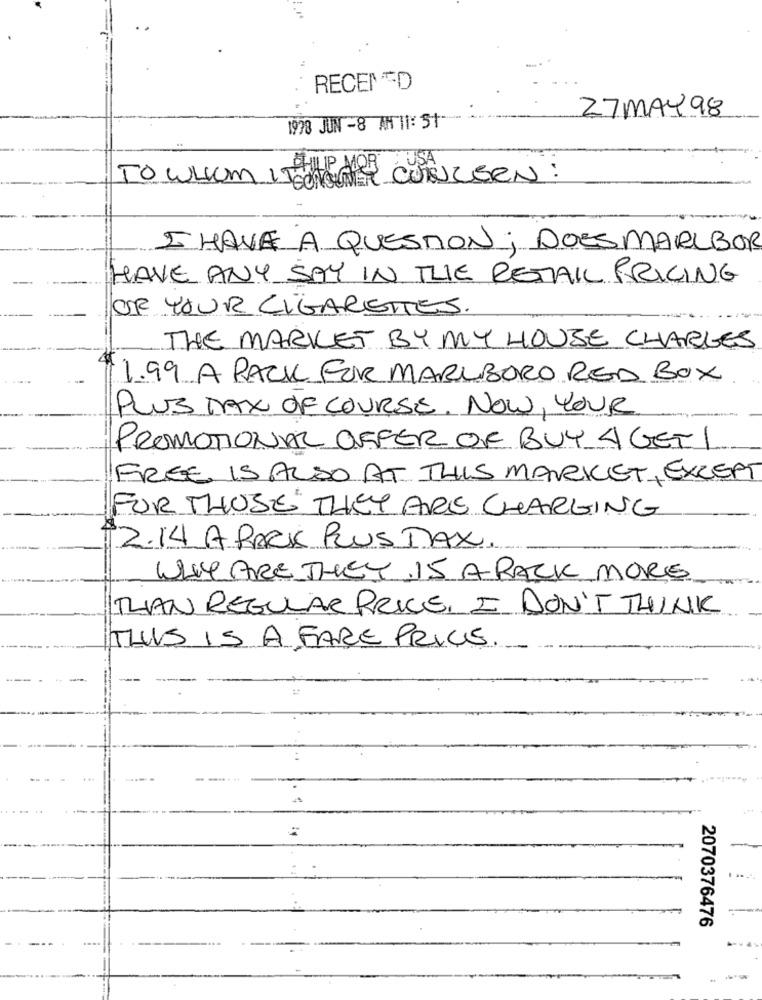
RECEMED
27MAY 98
1998 JUN -8 AM 11: 51
PAUSA
To whom IT
CONSUMER CONCERN :
I HAVE A QUESTION; DOES MARLBOR
HAVE ANY SAY IN THE RETAIL PRICING
OF YOUR CIGARETTES.
THE MARKET BY MY HOUSE CHARGES
1.99 A PACK FOR MARLBORO RED BOX
PLUS TAX DE COURSE. NOW, YOUR
PROMOTIONAL OFFER OF BUY 4 GET1
FREE IS ALSO AT THIS MARKET, EXCEPT
FOR THOSE THEY ARE CHARGING
2.14 A PARK RUS TAX.
WHYARE THEY 15 A RACK MORE
THAN REGULAR PRICE, I DON'T THINK
THIS IS A FARE PRICE.
..
2070376476